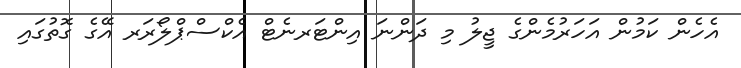
އެހެން ކަމުން އަހަރުމެންގެ ޖީލު މި ދަންނަ އިންޓަރނެޓް އެކްސްޕްލޯރަރ އޭގެ ގޮތުގައި